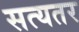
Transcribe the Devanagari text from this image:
सत्यतर